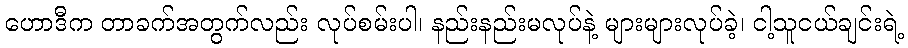
ဟောဒီက တာခက်အတွက်လည်း လုပ်စမ်းပါ၊ နည်းနည်းမလုပ်နဲ့ များများလုပ်ခဲ့၊ ငါ့သူငယ်ချင်းရဲ့